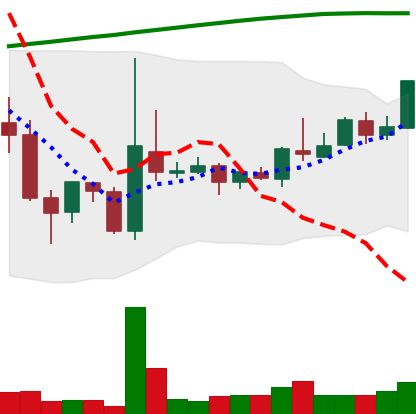
Ticker: TRX-USD
Chart end date: 2018-04-18
Forward return: 23.2%
Label: up_7plus